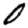
Digit: 0